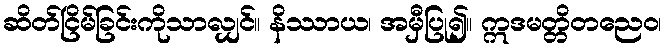
ဆိတ်ငြိမ်ခြင်းကိုသာလျှင်။ နိဿာယ၊ အမှီပြု၍။ ဣဒမတ္တိတညေဝ၊